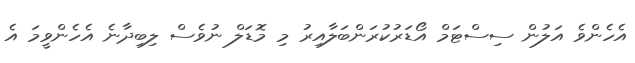
އެހެންވެ އަލުން ސިސްޓަމް އޯޑަރުކުރަންބަލާއިރު މި މޮޑަލް ނުވެސް ލިބިދާނެ އެހެންވީމަ އެ